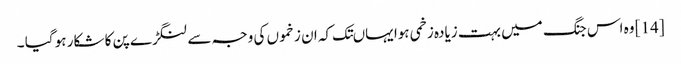
[14] وہ اس جنگ میں بہت زیادہ زخمی ہوا یہاںتک کہ ان زخموں کی وجہ سے لنگڑے پن کا شکار ہو گیا ۔